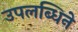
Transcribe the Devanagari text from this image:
उपलब्धिने